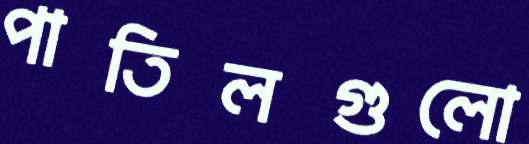
পাতিলগুলো